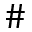
\#